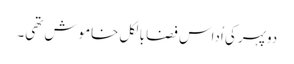
دوپہر کی اُداس فضا بالکل خاموش تھی۔